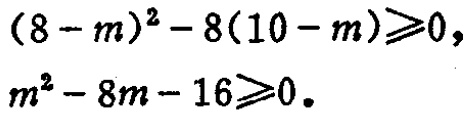
\((8 - m)^2 - 8(10 - m)\geqslant0,\)
\(m^2 - 8m - 16\geqslant0.\)